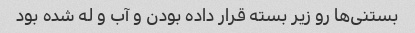
بستنی‌ها رو زیر بسته قرار داده بودن و آب و له شده بود